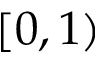
[ 0 , 1 )